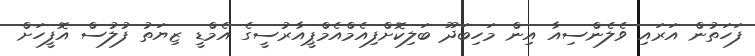
ފަހަތުން އަރައި ވެލެންސިއާ އިން މަހިބަދޫ ބަލިކޮށްފިއެމްއެމްޕީއާރުސީގެ އެމްޑީ ޒިޔަތު ފުލުސް އޮފީހަށް